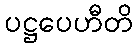
ပဋ္ဌပေဟီတိ